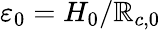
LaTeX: {\varepsilon_{0}}={H_{0}}/{\mathbb{R}_{c,0}}